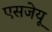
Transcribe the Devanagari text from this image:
एसजेयू